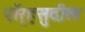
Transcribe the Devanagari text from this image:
पॉर्‍हसुदील